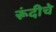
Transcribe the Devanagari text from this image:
रूंदीचे